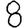
Digit: 8